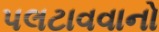
પલટાવવાનો